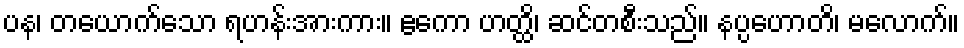
ပန၊ တယောက်သော ရဟန်းအားကား။ ဧကော ဟတ္ထိ၊ ဆင်တစီးသည်။ နပ္ပဟောတိ၊ မလောက်။